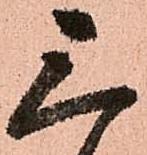
三